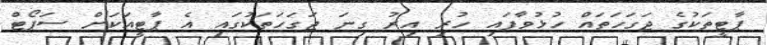
ޕާޓީތަކުގެ ޖަގަހަތައް ހުޅުވާފައި ހުރި އިރު ގިނަ ޖަގަހަތަކުގައި އެ ޕާޓީއަކަށް ސަޕޯޓް